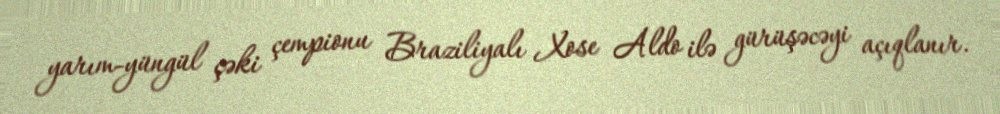
yarım-yüngül çəki çempionu Braziliyalı Xose Aldo ilə gürüşəcəyi açıqlanır.